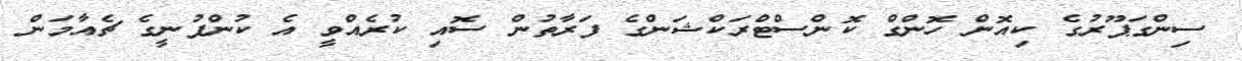
ސިންގަޕޫރުގެ ކިއޮން ހޮންގް ކޮންސްޓްރަކްޝަންގެ ފަރާތުން ސޮއި ކުރެއްވީ އެ ކުންފުނީގެ ޗެއާމަން